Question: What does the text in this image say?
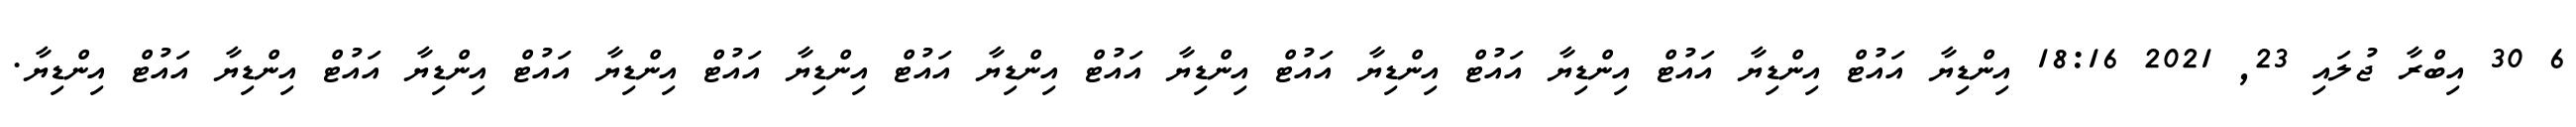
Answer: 6 30 އިބްރާ ޖުލައި 23, 2021 18:16 އިންޑިޔާ އައުޓް އިންޑިޔާ އައުޓް އިންޑިޔާ އައުޓް އިންޑިޔާ އައުޓް އިންޑިޔާ އައުޓް އިންޑިޔާ އައުޓް އިންޑިޔާ އައުޓް އިންޑިޔާ އައުޓް އިންޑިޔާ އައުޓް އިންޑިޔާ އައުޓް އިންޑިޔާ.